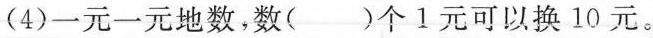
(4)一元一元地数，数( )个1元可以换10元。